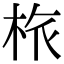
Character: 㭚